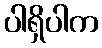
ပါရှိပါက